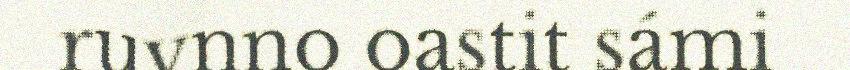
ruvnno oastit sámi